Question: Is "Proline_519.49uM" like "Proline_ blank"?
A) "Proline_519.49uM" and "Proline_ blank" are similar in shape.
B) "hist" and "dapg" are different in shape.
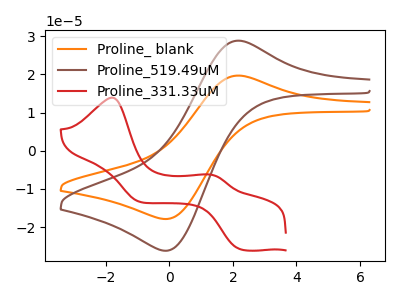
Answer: <think>The orange curve "Proline_ blank" has an anodic peak at (2.10V, 19.65uA) and a cathodic peak at (-0.10V, -17.90uA). The brown curve "Proline_519.49uM" has an anodic peak at (2.10V, 28.80uA) and a cathodic peak at (-0.10V, -26.20uA). The red curve "Proline_331.33uM" has anodic peaks at (-1.80V, 13.90uA) (1.25V, -6.25uA) and cathodic peaks at (2.20V, -25.75uA) (-0.95V, -13.35uA).
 All the peaks in "Proline_519.49uM" have a peak in "Proline_ blank" at the same potential. Every peak in "Proline_519.49uM" is higher than every peak in "Proline_ blank".</think>
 <answer>A) "Proline_519.49uM" and "Proline_ blank" are similar in shape.</answer>
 <eval>A</eval>